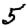
Digit: 5